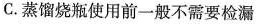
C.蒸馏烧瓶使用前一般不需要检漏